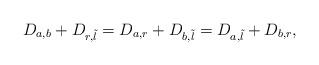
LaTeX: \begin{align*} D_{a,b}+D_{r,\tilde{l}}=D_{a,r}+D_{b,\tilde{l}}=D_{a,\tilde{l}}+D_{b,r},\end{align*}